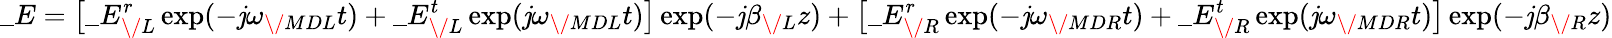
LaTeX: \_ E=\big[\_ E_{\/ L}^{r}\exp(-\mathit{j}\omega_{\/ {MDL}}t)+\_ E_{\/ L}^{t}\exp(\mathit{j}\omega_{\/ {MDL}}t)\big]\exp(-\mathit{j}\beta_{\/ L}z)+\big[\_ E_{\/ R}^{r}\exp(-\mathit{j}\omega_{\/ {MDR}}t)+\_ E_{\/ R}^{t}\exp(\mathit{j}\omega_{\/ {MDR}}t)\big]\exp(-\mathit{j}\beta_{\/ R}z)